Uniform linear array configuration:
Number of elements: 16
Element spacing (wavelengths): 0.25
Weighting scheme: hann
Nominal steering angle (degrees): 60
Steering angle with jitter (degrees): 59.578
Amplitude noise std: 0.05
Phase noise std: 0.05

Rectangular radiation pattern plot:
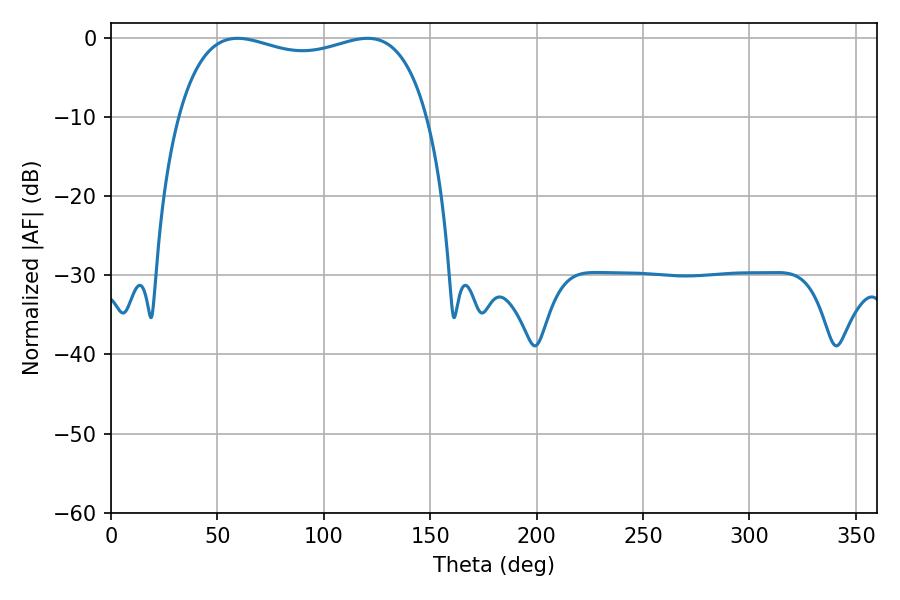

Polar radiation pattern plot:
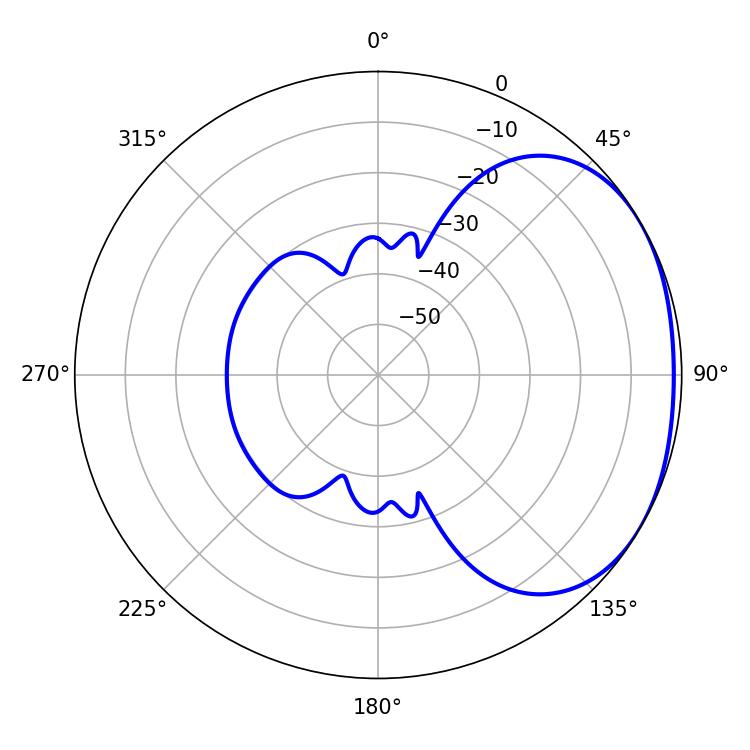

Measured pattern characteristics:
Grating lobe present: FALSE
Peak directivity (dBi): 1.869
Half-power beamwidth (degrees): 95.76
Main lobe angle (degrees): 59.4